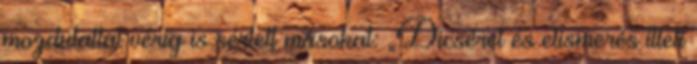
mozdulattal vérig is sértett másokat: „Dicséret és elismerés illeti